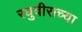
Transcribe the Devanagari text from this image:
रघुवीराच्या